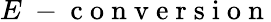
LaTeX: E\mathrm{~-~c~o~n~v~e~r~s~i~o~n~}